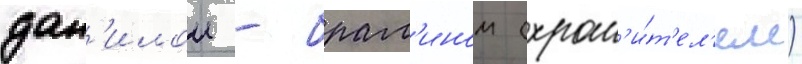
дан'илои - брам'ином (хран'и́т'ел'ем)